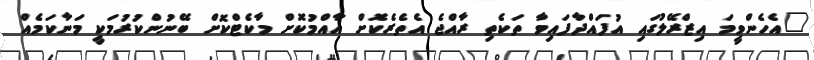
"އެހެންވީމަ އިިޒްރޭލުގައި އުފައްދާފައިވާ ތަކެތި ރާއްޖެ އެތެރެކޮށް އާއްމުކޮށް މާކެޓްކޮށް ބޭނުންކުރުމަކީ މަނާކަމެއް